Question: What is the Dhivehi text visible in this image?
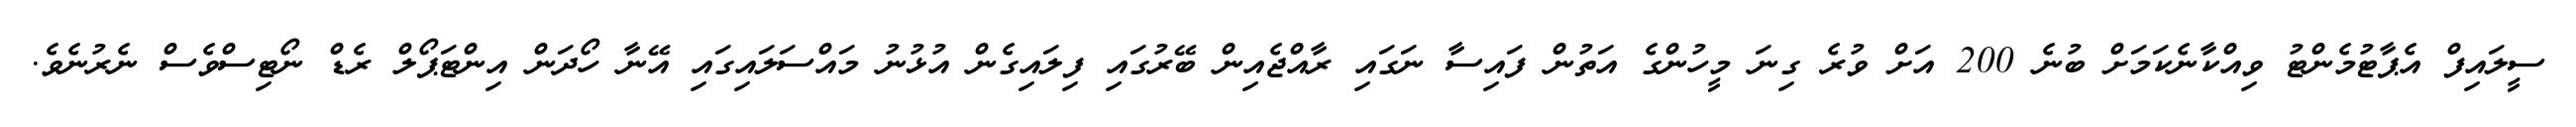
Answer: ސީލައިފް އެޕާޓުމެންޓު ވިއްކާނެކަމަށް ބުނެ 200 އަށް ވުރެ ގިނަ މީހުންގެ އަތުން ފައިސާ ނަގައި ރާއްޖެއިން ބޭރުގައި ފިލައިގެން އުޅުނު މައްސަލައިގައި އޭނާ ހޯދަން އިންޓަޕޯލް ރެޑް ނޯޓިސްވެސް ނެރުނެވެ.